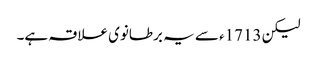
لیکن 1713ء سے یہ برطانوی علاقہ ہے۔